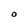
Character: O